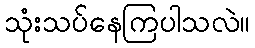
သုံးသပ်နေကြပါသလဲ။